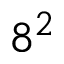
8 ^ { 2 }